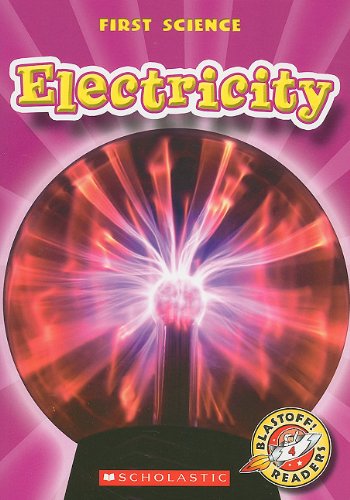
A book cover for Electricity (Blastoff! Readers: First Science: Level 4); Mari Schuh; Children's Books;